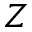
Z